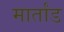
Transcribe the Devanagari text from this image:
मार्तांड